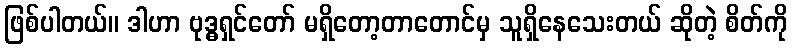
ဖြစ်ပါတယ်။ ဒါဟာ ဗုဒ္ဓရှင်တော် မရှိတော့တာတောင်မှ သူရှိနေသေးတယ် ဆိုတဲ့ စိတ်ကို